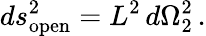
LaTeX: ds_{\mathrm{open}}^{2}=L_{\vphantom 2}^{2}\, d\Omega_{2}^{2}\, .